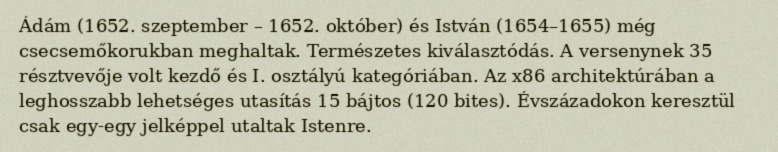
Ádám (1652. szeptember – 1652. október) és István (1654–1655) még csecsemőkorukban meghaltak. Természetes kiválasztódás. A versenynek 35 résztvevője volt kezdő és I. osztályú kategóriában. Az x86 architektúrában a leghosszabb lehetséges utasítás 15 bájtos (120 bites). Évszázadokon keresztül csak egy-egy jelképpel utaltak Istenre.